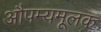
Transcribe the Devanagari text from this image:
औपम्यमूलक